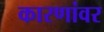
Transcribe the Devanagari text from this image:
कारणांवर